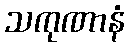
သကုဏာနံ